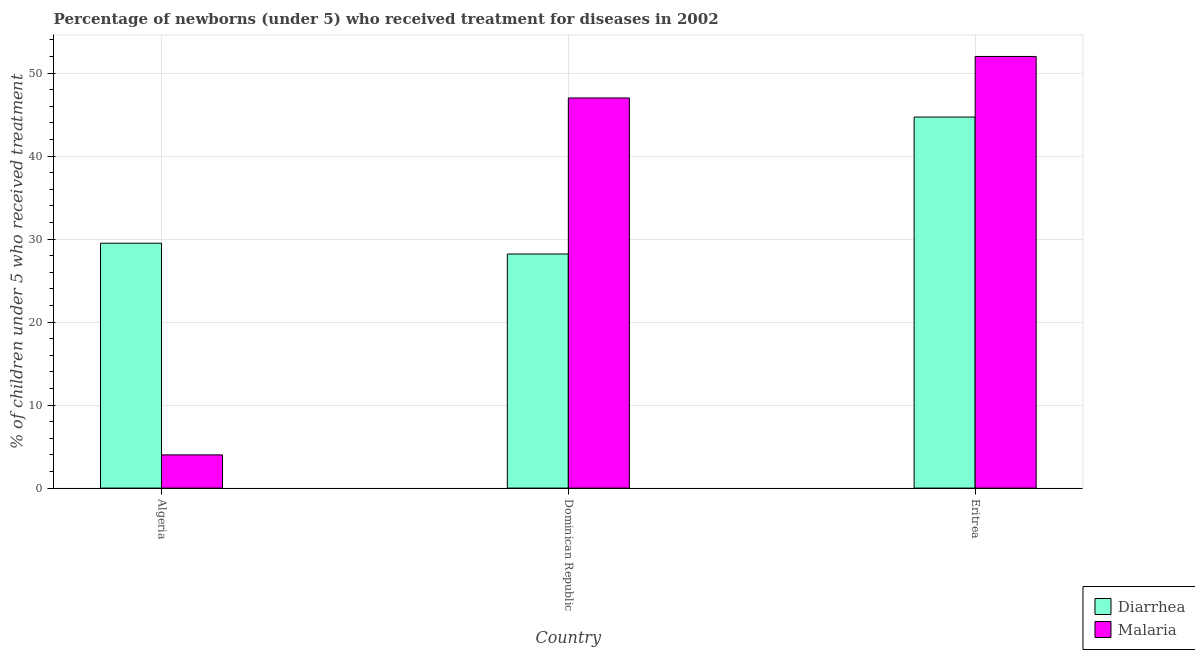
| Country | Diarrhea | Malaria |
 | --- | --- | --- |
 | Algeria | 29.5 | 4 |
 | Dominican Republic | 28.2 | 47 |
 | Eritrea | 44.7 | 52 |